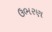
ઉભરણ